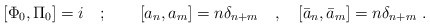
\begin{align*}[\Phi _{0},\Pi _{0}]=i\quad ;\qquad [a_{n},a_{m}]=n\delta _{n+m}\quad,\quad [\bar{a}_{n},\bar{a}_{m}]=n\delta _{n+m}\ .\end{align*}